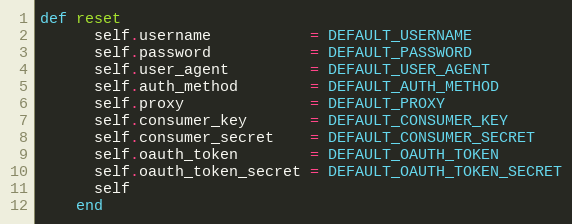
Language: Ruby
def reset
      self.username           = DEFAULT_USERNAME
      self.password           = DEFAULT_PASSWORD
      self.user_agent         = DEFAULT_USER_AGENT
      self.auth_method        = DEFAULT_AUTH_METHOD
      self.proxy              = DEFAULT_PROXY
      self.consumer_key       = DEFAULT_CONSUMER_KEY
      self.consumer_secret    = DEFAULT_CONSUMER_SECRET
      self.oauth_token        = DEFAULT_OAUTH_TOKEN
      self.oauth_token_secret = DEFAULT_OAUTH_TOKEN_SECRET
      self
    end